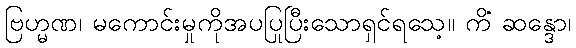
ဗြဟ္မဏ၊ မကောင်းမှုကိုအပပြုပြီးသောရှင်ရသေ့။ ကိံ ဆန္ဒော၊